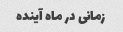
زمانی در ماه آینده